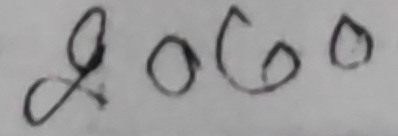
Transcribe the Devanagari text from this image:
२०६०